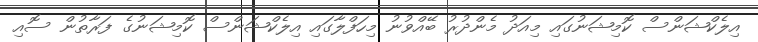
އިލެކްޝަންސް ކޮމިޝަނުގައި މިއަދު މެންދުރު ބޭއްވުނު މިހަފްލާގައި އިލެކްޝަންސް ކޮމިޝަނުގެ ފަރާތުން ސޮއި